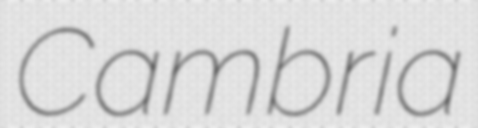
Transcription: Cambria